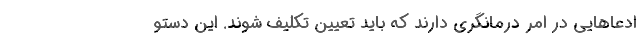
ادعاهایی در امر درمانگری دارند که باید تعیین تکلیف شوند. این دستو